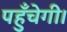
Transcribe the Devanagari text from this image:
पहुँचेगी।